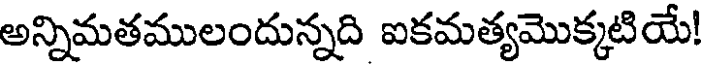
అన్నిమతములందున్నది ఐకమత్యమొక్కటియే!